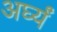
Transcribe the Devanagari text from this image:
अर्घ्यं